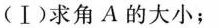
(Ⅰ)求角A的大小；